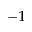
^ { - 1 }